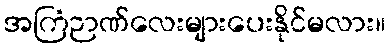
အကြံဉာဏ်လေးများပေးနိုင်မလား။